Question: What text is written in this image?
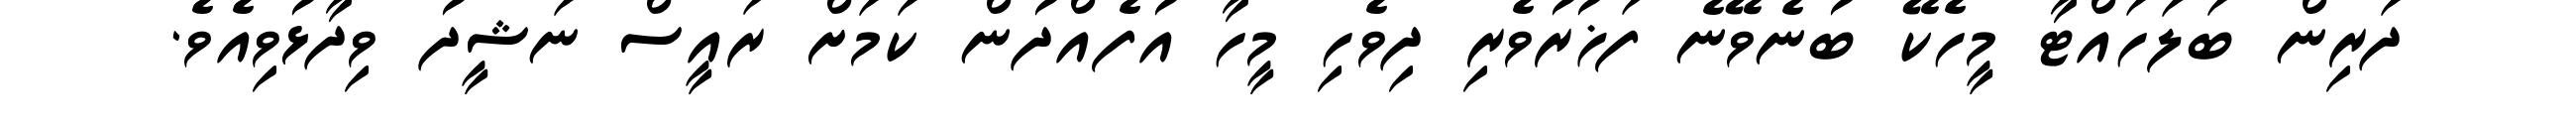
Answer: ދަރިން ބަލަހައްޓާ މީހެކޭ ބުނެވޭނެ ފަޚުރުވެރި ދިވެހި މީހާ އުފެއްދުން ކަމަށް ރައީސް ނަޝީދު ވިދާޅުވިއެވެ.